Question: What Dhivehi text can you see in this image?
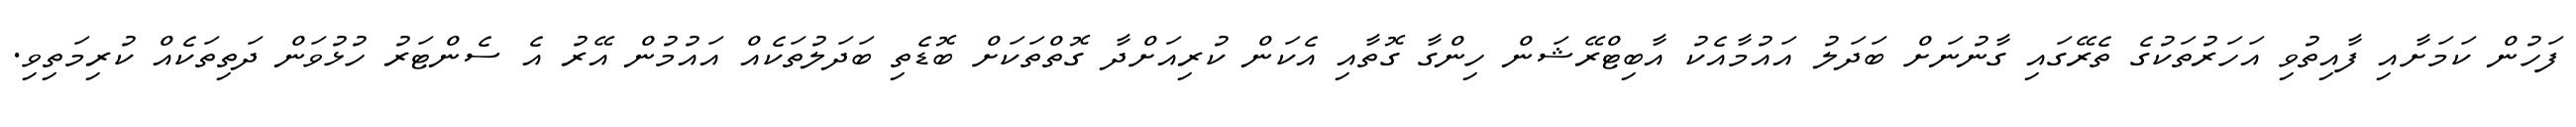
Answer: ފަހުން ކަމަށާއި ފާއިތުވި އަހަރުތަކުގެ ތެރޭގައި ގާނުނަށް ބަދަލު އައުމާއެކު އާބިޓްރޭޝަން ހިންގާ ގޮތާއި އެކަން ކުރިއަށްދާ ގޮތްތަކަށް ބޮޑެތި ބަދަލުތަކެއް އައުމުން އޭރު އެ ސެންޓަރު ހުޅުވަން ދަތިތަކެއް ކުރިމަތިވި.